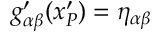
g _ { \alpha \beta } ^ { \prime } ( x _ { P } ^ { \prime } ) = \eta _ { \alpha \beta }